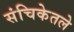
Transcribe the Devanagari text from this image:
संचिकेतले